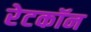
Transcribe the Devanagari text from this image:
रेटकॉन